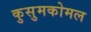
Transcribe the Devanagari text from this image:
कुसुमकोमल